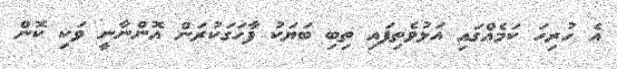
އެ ހުރިހަ ކަމެއްގައި އަޅުވެތިފައި ތިބި ބަޔަކު ފާހަގަކުރަން އޮންނާނީ ވަކި ކޮން